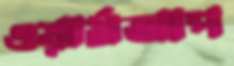
ওয়ার্মআপ